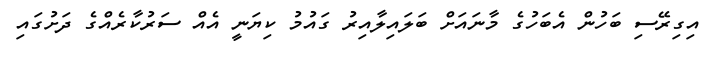
އިގިރޭސި ބަހުން އެބަހުގެ މާނައަށް ބަލައިލާއިރު ގައުމު ކިޔަނީ އެއް ސަރުކާރެއްގެ ދަށުގައި